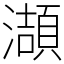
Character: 𤂌